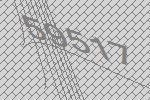
59517